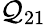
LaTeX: \mathcal{Q}_{21}